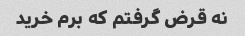
نه قرض گرفتم که برم خرید